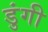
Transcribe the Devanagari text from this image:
डुंगी